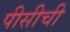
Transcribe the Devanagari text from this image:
पीसीची